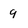
Character: q